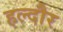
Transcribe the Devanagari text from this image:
हल्दौर